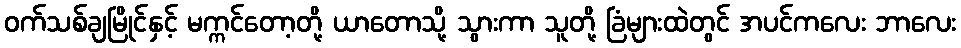
ဝက်သစ်ချမြိုင်နှင့် မက္ကင်တော့တို့ ယာတောသို့ သွားကာ သူတို့ ခြံများထဲတွင် အပင်ကလေး ဘာလေး